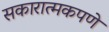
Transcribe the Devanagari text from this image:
सकारात्मकपणे